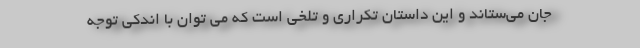
جان می‌ستاند و این داستان تکراری و تلخی است که می توان با اندکی توجه